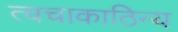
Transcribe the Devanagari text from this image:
त्वचाकाठिन्य